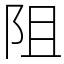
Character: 阻